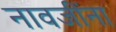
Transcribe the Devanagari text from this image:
नावजींना